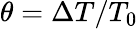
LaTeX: \theta=\Delta T/T_{0}